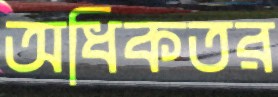
অধিকতর